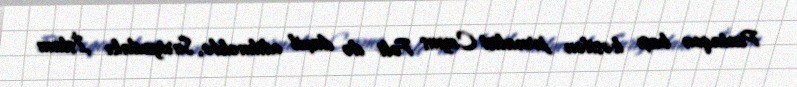
Pentaqon başı kəsilən jurnalist Ceyms Foli də daxil edilməklə, Suriyadakı İslam